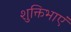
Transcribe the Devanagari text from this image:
शुक्तिभाएं